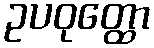
ဥပဝုတ္ထော